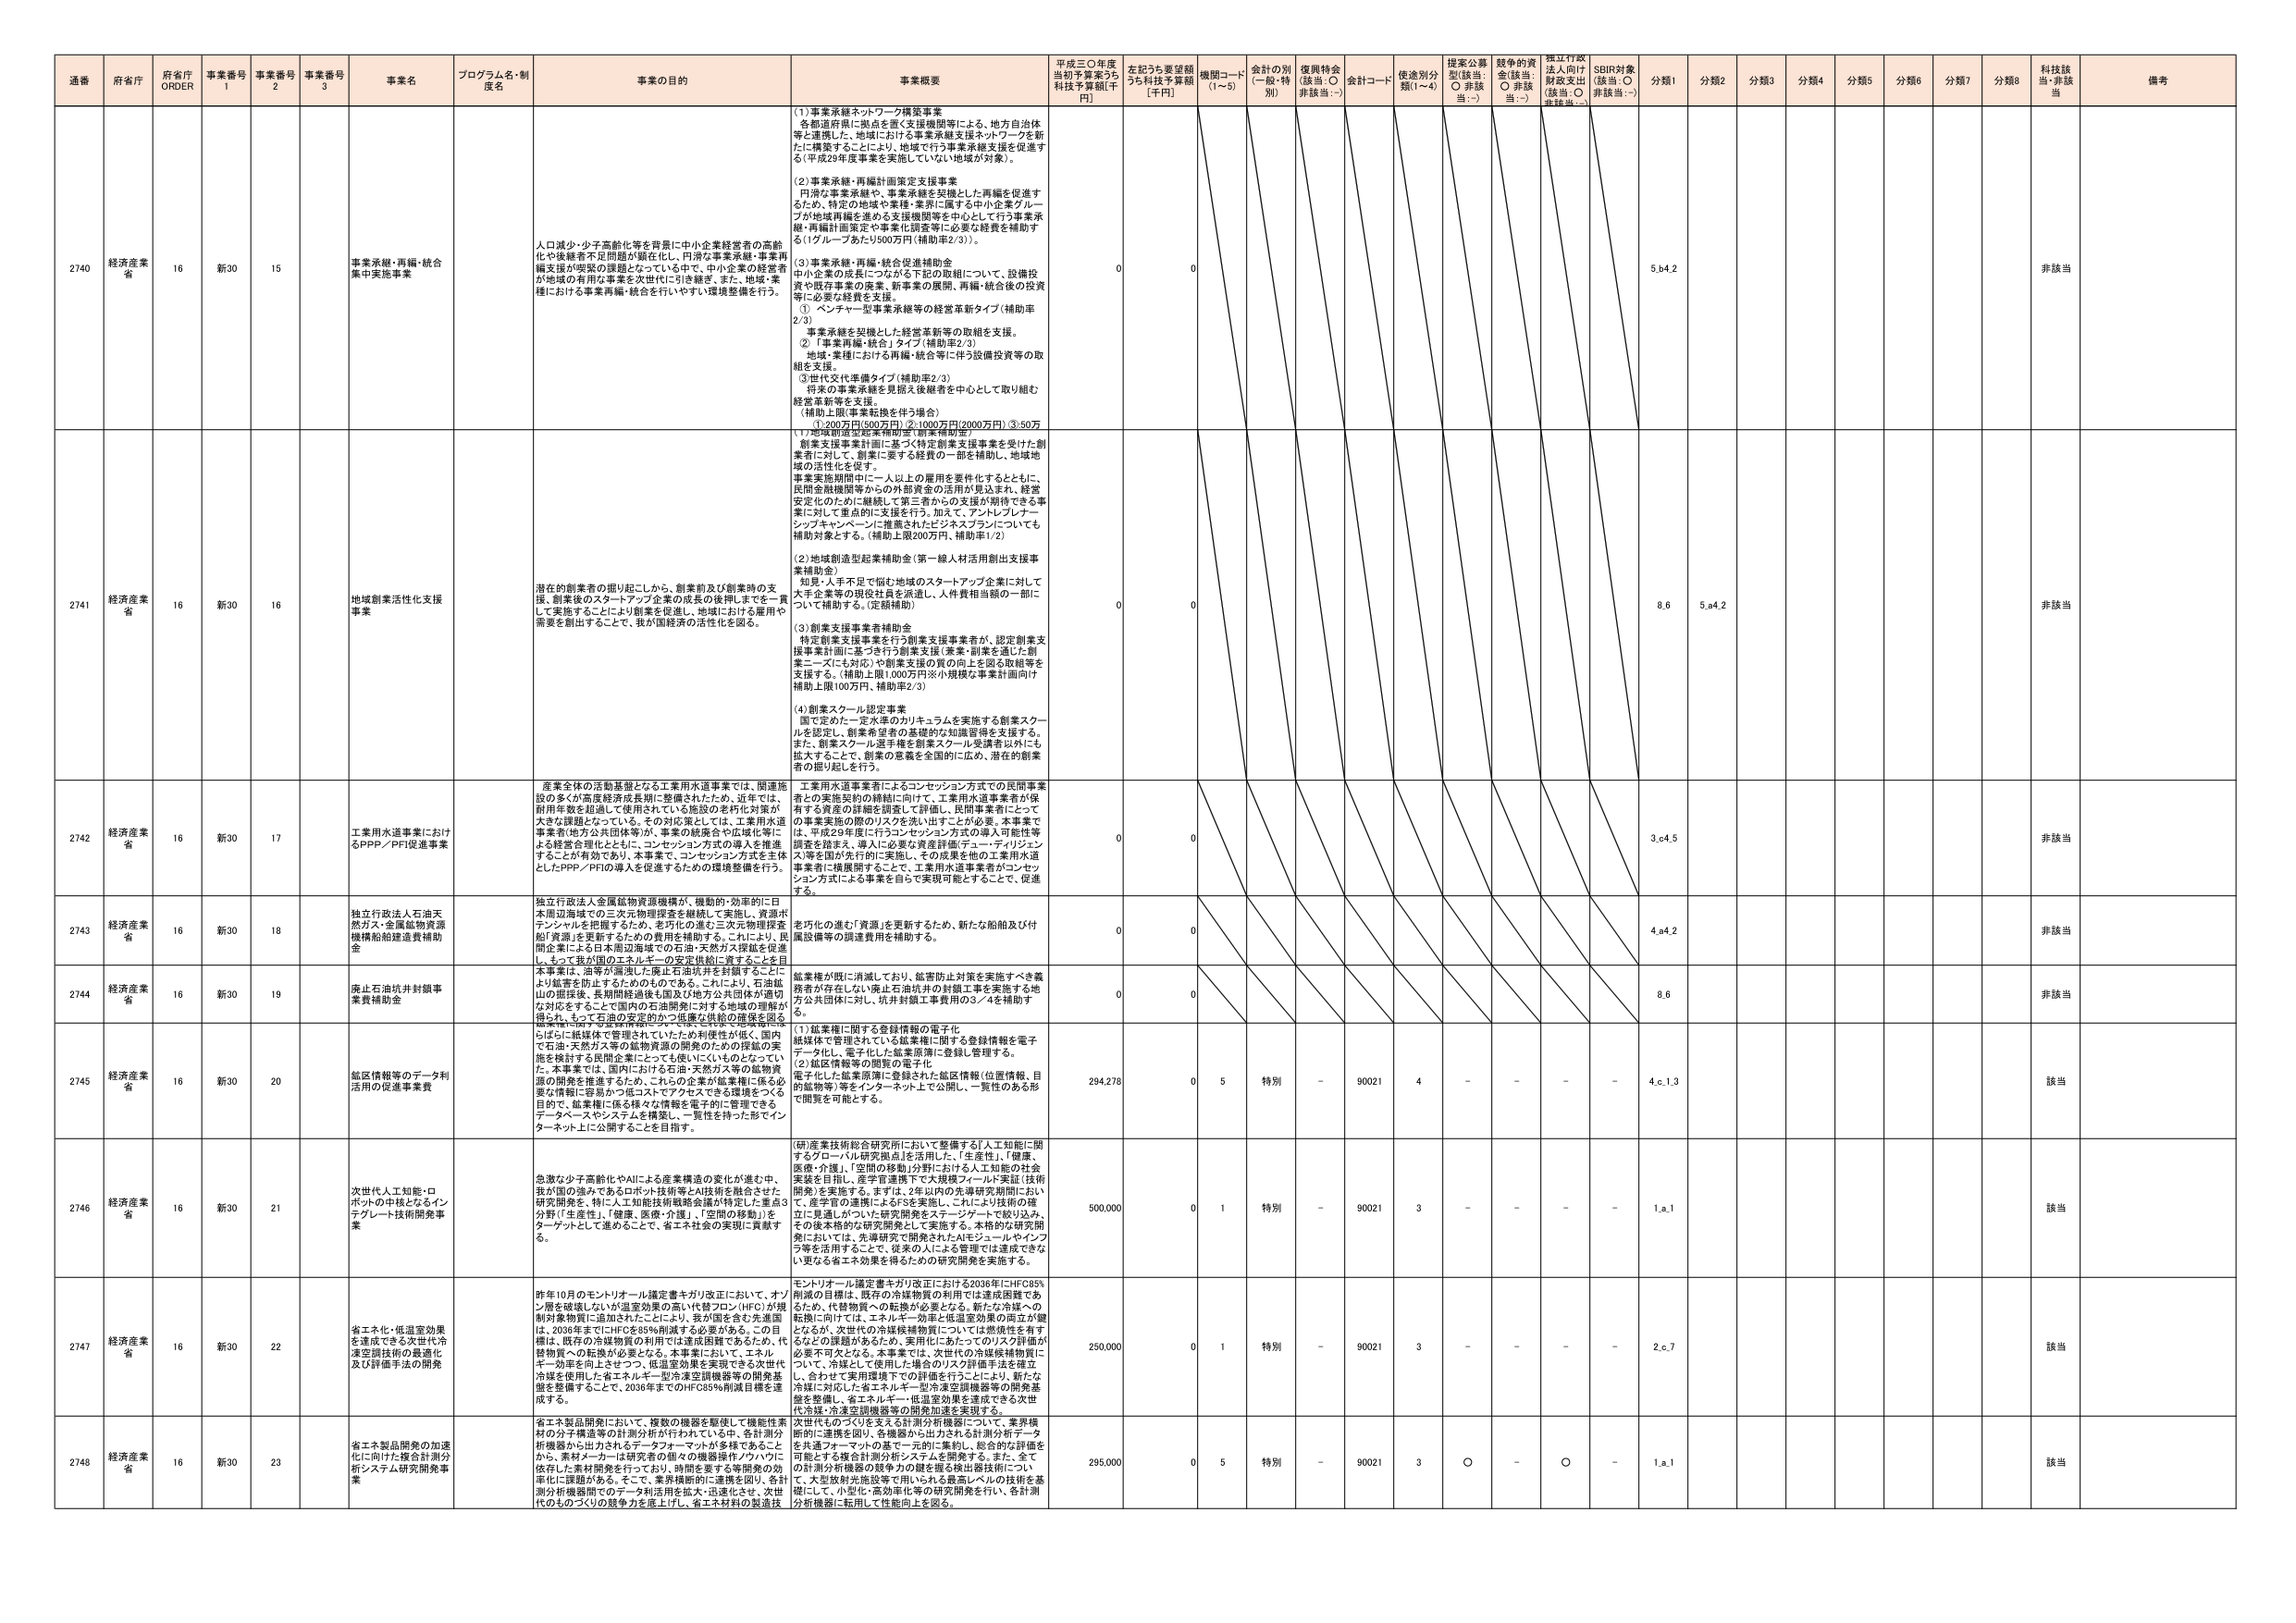
通番 府省庁 府省庁 ORDER 事業番号 1 事業番号 2 事業番号 3 事業名 プログラム名・制度名 事業の目的 事業概要 平成三〇年度 当初予算案うち 科技予算額[千円] 左記うち要望額 うち科技予算額 [千円] 機関コード (1～5) 会計の別 (一般・特別) 復興特金 (該当：○ 非該当：-) 会計コード 使途別分類(1～4) 提案公募型(該当：○ 非該当：-) 競争的資金(該当：○ 非該当：-) 捏江行政法入向け財政支出 (該当：○ 非該当：-) SBIR対象 (該当：○ 非該当：-) 分類1 分類2 分類3 分類4 分類5 分類6 分類7 分類8 科技該当・非該当 備考

2740 経済産業省 16 新30 15 事業承継・再編・統合集中実施事業 人口減少・少子高齢化等を背景に中小企業経営者の高齢化や後継者不足問題が顕在化し、円滑な事業承継・事業再編支援が喫緊の課題となっている中で、中小企業の経営者が地域の有効な事業を次世代に引き継ぎ、また、地域・業種における事業再編・統合を行いやすい環境整備を行う。 (1)事業承継ネットワーク構築事業 各都道府県に拠点を置く支援機関等による、地方自治体等と連携した、地域における事業承継支援ネットワークを新たに構築することにより、地域で行う事業承継支援を促進する（平成29年度事業を実施していない地域が対象）。 (2)事業承継・再編計画策定支援事業 円滑な事業承継や、事業承継を契機とした再編を促進するため、特定の地域や業種・業界に属する中小企業グループが地域再編を進める支援機関等を中心として行う事業承継・再編計画策定や事業化調査等に必要な経費を補助する（1グループあたり500万円（補助率2/3））。 (3)事業承継・再編・統合促進補助金 中小企業の成長につながる下記の取組について、設備投資や既存事業の廃業、新事業の展開、再編・統合後の投資等に必要な経費を支援。 ①ベンチャー型事業承継等の経営革新タイプ（補助率2/3） 事業承継を契機とした経営革新等の取組を支援。 ②「事業再編・統合」タイプ（補助率2/3） 地域・業種における再編・統合等に伴う設備投資等の取組を支援。 ③世代交代準備タイプ（補助率2/3） 将来の事業承継を見据え後継者を中心として取り組む経営革新等を支援。 （補助上限・事業転換を伴う場合） ①200万円（500万円）②1000万円（2000万円）③50万 0 0 5.b.4.2 非該当

2741 経済産業省 16 新30 16 地域創業活性化支援事業 潜在的創業者の掘り起こしから、創業前及び創業時の支援、創業後のスタートアップ企業の成長の後押しまでを一貫して実施することにより創業を促進し、地域における雇用や需要を創出することで、我が国経済の活性化を図る。 (1)地域創造型起業補助金（創業補助金） 創業支援事業計画に基づく特定創業支援事業を受けた創業者に対して、創業に要する経費の一部を補助し、地域地域の活性化を促す。 事業実施期間中に二人以上の雇用を要件化するとともに、民間金融機関等からの外部資金の活用が見込まれる、経営安定化のために継続して第三者からの支援が期待できる事業に対して重点的に支援を行う。加えて、アントレプレナーシップキャンペーンに推薦されたビジネスプランについても補助対象とする。（補助上限200万円、補助率1/2） (2)地域創造型起業補助金（第一線人材活用創出支援事業補助金） 知見、人手不足で悩む地域のスタートアップ企業に対して大手企業等の現役社員を派遣し、人件費相当額の一部について補助する。（定額補助） (3)創業支援事業者補助金 特定創業支援事業を行う創業支援事業者が、認定創業支援事業計画に基づき行う創業支援（素案・創業を通じた創業一式にも対応）や創業支援の質の向上を図る取組等を支援する。（補助上限1,000万円※小規模な事業計画向け補助上限100万円、補助率2/3） (4)創業スクール認定事業 国で定めた一定水準のカリキュラムを実施する創業スクールを認定し、創業希望者の基礎的な知識習得を支援する。また、創業スクール選手権を創業スクール受講者以外にも拡大することで、創業の意義を全国的に広め、潜在的創業者の掘り起こしを行う。 0 0 8.6 5.a.4.2 非該当

2742 経済産業省 16 新30 17 工業用水道事業におけるPPP／PFI促進事業 産業全体の活動基盤となる工業用水道事業では、関連施設の多くが高度経済成長期に整備されたため、近年では、耐用年数を超過して使用されている施設の老朽化対策が大きな課題となっている。その対応策としては、工業用水道事業者（地方公共団体等）が、事業の統廃合や広域化等による経営合理化とともに、コンセッション方式の導入を推進することが有効であり、本事業で、コンセッション方式を主体としたPPP／PFIの導入を促進するための環境整備を行う。 工業用水道事業者によるコンセッション方式での民間事業者との実施契約の締結に向けて、工業用水道事業者が保有する資産の詳細を調査して評価し、民間事業者にとっての事業実施の際のリスクを洗い出すことが必要。本事業では、平成29年度に行うコンセッション方式の導入可能性等調査を踏まえ、導入に必要な資産評価（デュー・ディリジェンス）等を国が先行的に実施し、その成果を他の工業用水道事業者に横展開することで、工業用水道事業者がコンセッション方式による事業を自らで実現可能となることで、促進する。 0 0 3.c.4.5 非該当

2743 経済産業省 16 新30 18 独立行政法人石油天然ガス・金属鉱物資源機構船舶建造費補助金 独立行政法人金属鉱物資源機構が、機動的・効率的に日本周辺海域での三次元物理探査を継続して実施し、資源ポテンシャルを把握するため、老朽化の進む三次元物理探査船「資源」を更新するための費用を補助する。これにより、民間企業による日本周辺海域での石油・天然ガス探鉱を促進し、もって我が国のエネルギーの安定供給に資することを目的とする。 老朽化の進む「資源」を更新するため、新たな船舶及び付属設備等の調達費用を補助する。 0 0 4.a.4.2 非該当

2744 経済産業省 16 新30 19 廃止石油坑井封鎖事業費補助金 本事業は、沿岸や陸上に廃止石油坑井を封鎖することにより鉱害を防止するためのものである。これにより、石油鉱山の閉採後、長期間経過後も国及び地方公共団体が適切な対応をすることで国内の石油開発に対する地域の理解が得られ、もって石油の安定的かつ低廉な供給の確保を図る。 鉱業権が既に消滅しており、鉱害防止対策を実施すべき義務者が存在しない廃止石油坑井の封鎖工事を実施する地方公共団体に対し、坑井封鎖工事費用の2／3を補助する。 0 0 8.6 非該当

2745 経済産業省 16 新30 20 鉱区情報等のデータ利活用の促進事業費 鉱業権に関する登録情報の電子化、鉱床体で管理されている鉱業権に関する登録情報を電子データ化し、電子化した鉱業原簿に登録し管理する。 (2)鉱区情報等の開発の電子化 電子化した鉱業原簿に登録された鉱区情報（位置情報、目的の鉱物等）等をインターネット上で公開し、一覧性のある形で閲覧を可能とする。 294,278 0 5 特別 - 90021 4 - - - - 4.c.1.3 該当

2746 経済産業省 16 新30 21 次世代人工知能・ロボットの中核となるインテグレート技術開発事業 急激な少子高齢化やAIによる産業構造の変化が進む中、我が国の強みであるロボット技術等とAI技術を融合させた研究開発を、特に人工知能技術戦略会議が特定した重点3分野（「生産性」、「健康、医療・介護」、「空間の移動」）をターゲットとして進めることで、省エネ社会の実現に貢献する。 (研)産業技術総合研究所において整備する「人工知能に関するグローバル研究拠点」を活用した、「生産性」、「健康、医療・介護」、「空間の移動」分野における人工知能の社会実装を目指し、産学官連携下で大規模フィールド実証（技術開発）を実施する。まずは、2年以内の先導研究期間において、産学官の連携によるFSR実施し、これにより技術の確立に見通しがついた研究開発をステージゲートで絞り込み、その後本格的な研究開発として実施する。本格的な研究開発においては、先導研究で開発されたAIモジュールやインフラ等を活用することで、従来の人による管理では達成できない更なる省エネ効果を得るための研究開発を実施する。 500,000 0 1 特別 - 90021 3 - - - - 1.a.1 該当

2747 経済産業省 16 新30 22 省エネ製品・低温室効果を達成できる次世代冷凍空調技術の最適化及び評価手法の開発 昨年10月のモントリオール議定書キガリ改正において、オゾン層を破壊しないが温室効果の高い代替フロン（HFC）が規制対象物質に追加されたことにより、我が国を含む先進国は、2036年までにHFCを85％削減する必要がある。この目標は、既存の冷媒物質の利用では達成困難であるため、代替物質への転換が必要となる。本事業において、エネルギー効率を向上させつつ、低温室効果を実現できる次世代冷媒を使用した省エネルギー型冷凍空調機器等の開発基盤を整備することで、2036年までのHFC85％削減目標を達成する。 モントリオール議定書キガリ改正における2036年にHFC85％削減の目標は、既存の冷媒物質の利用では達成困難であるため、代替物質への転換が必要となる。新たな冷媒への転換に向けては、エネルギー効率と低温室効果の両立が鍵となるが、次世代の冷媒候補物質については燃焼性を有するなど課題があるため、実用化にあたってのリスク評価が必要不可欠となる。本事業では、次世代の冷媒候補物質について、冷媒として使用した場合のリスク評価手法を確立し、合わせて実用環境下での評価を行うことにより、新たな冷媒に対応した省エネルギー型冷凍空調機器等の開発基盤を整備し、省エネルギー・低温室効果を達成できる次世代冷媒・冷凍空調機器等の開発加速を実現する。 250,000 0 1 特別 - 90021 3 - - - - 2.c.7 該当

2748 経済産業省 16 新30 23 省エネ製品開発の加速化に向けた複合計測分析システム研究開発事業 省エネ製品開発において、複数の機器を駆使して機能性素材の分子構造等の計測分析が行われている中、各計測分析機器からは出力されるデータフォーマットが多様であることから、素材メーカーは研究者の個々の機器操作ノウハウに依存した素材開発を行っており、時間を要する等開発の効率化に課題がある。そこで、業界横断的に連携を図り、各計測分析機器間でのデータ利活用を拡大・迅速化させ、次世代のものづくりの競争力を優先し、省エネ材料の製造技 次世代ものづくりを支える計測分析機器について、業界横断的に連携を図り、各機器から出力される計測分析データを共通フォーマットの基で一元的に集約し、総合的な評価を可能とする複合計測分析システムを開発する。また、全ての計測分析機器の競争力の鍵を握る検出器技術について、大型放射光施設等で用いられる最高レベルの技術を基礎にして、小型化・高効率化等の研究開発を行い、各計測分析機器に転用して性能向上を図る。 295,000 0 5 特別 - 90021 3 ○ - ○ - 1.a.1 該当